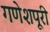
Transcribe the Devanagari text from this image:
गणेशपूरी